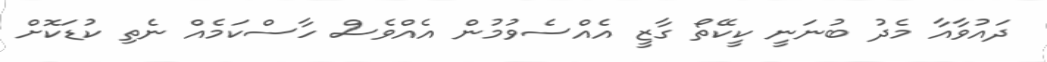
ދައުވާއާ މެދު ބުނަނީ ކީކޭތޯ ގާޒީ އެއްސެވުމުން އެއްވެސް ހާސްކަމެއް ނެތި ކުޑަކޮށް